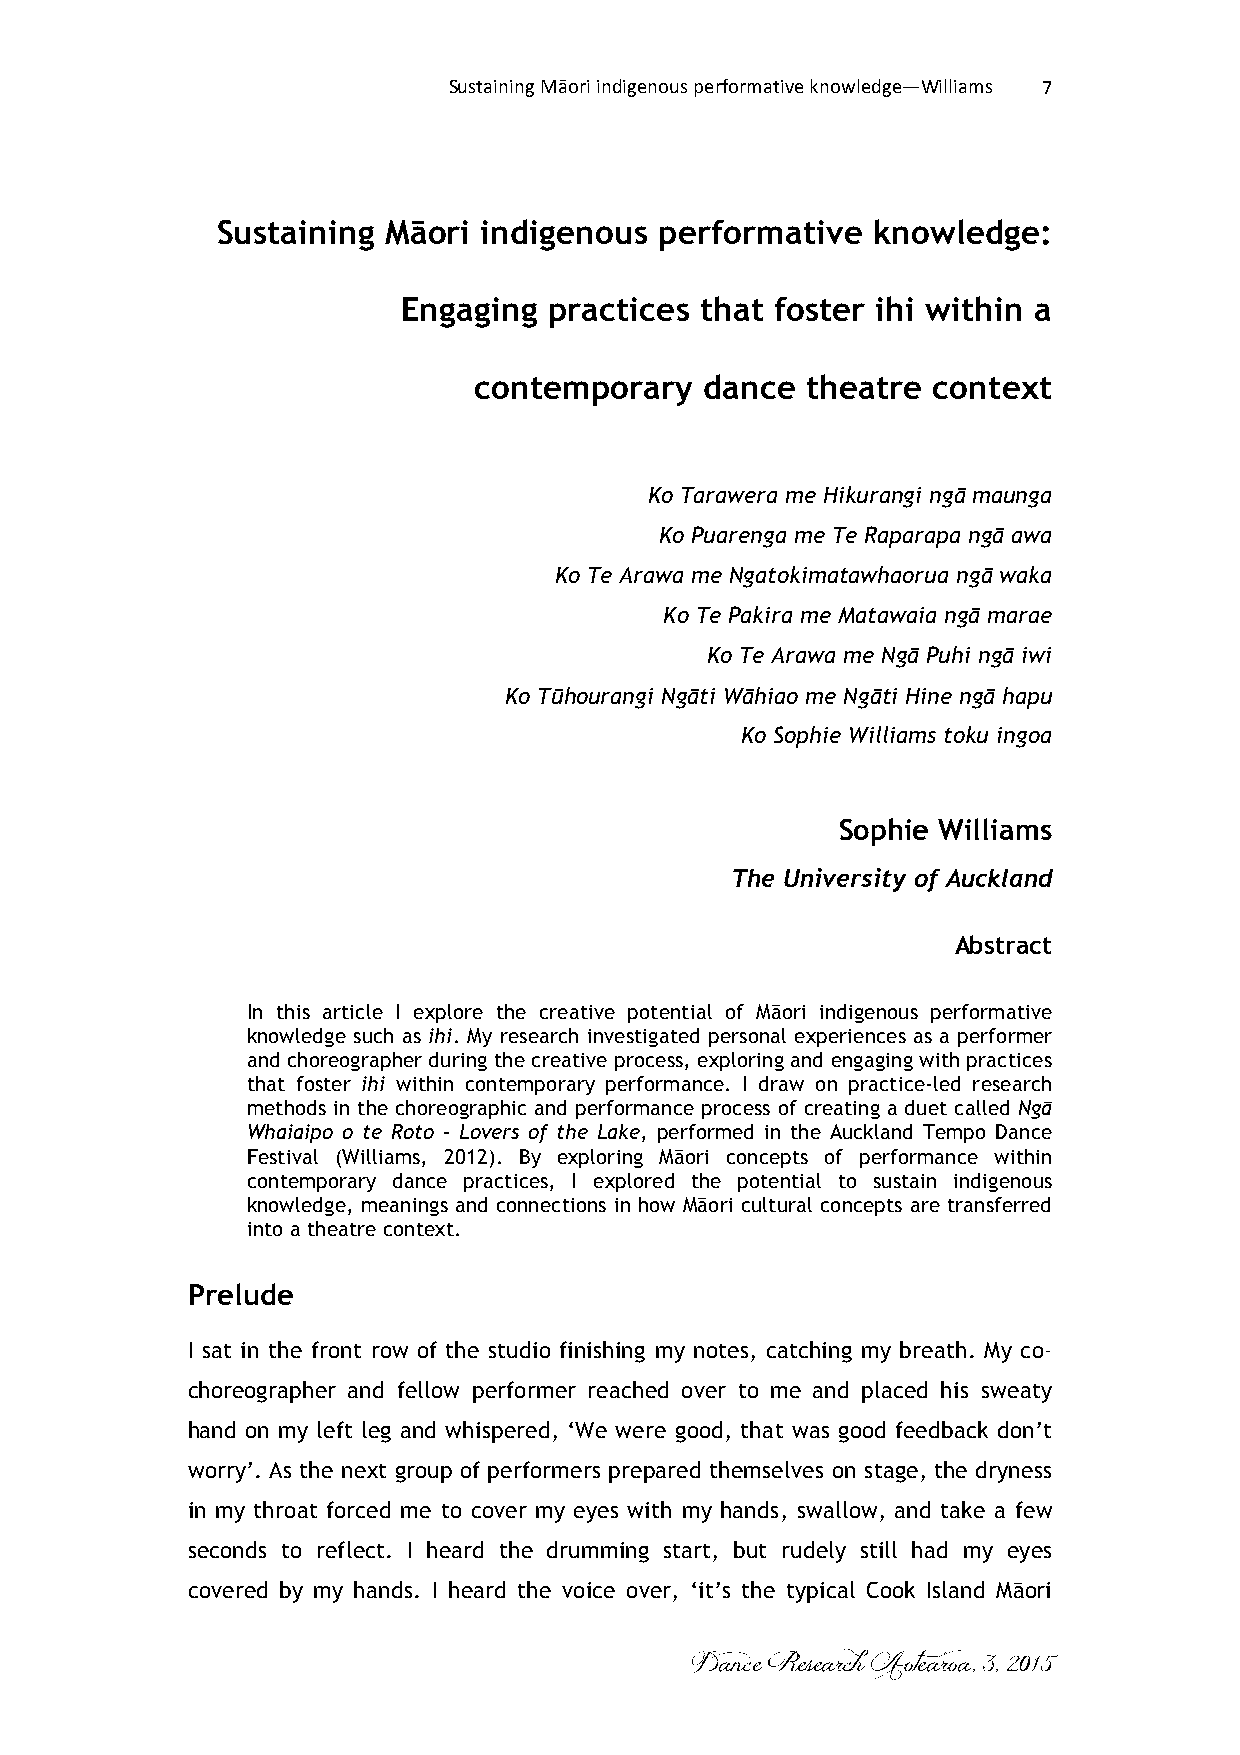
Sustaining Māori indigenous performative knowledge—Williams 7
 Sustaining Māori  indigenous  performative  knowledge:
 Engaging practices that foster ihi within a
 contemporary    dance theatre  context
 Ko Tarawera me Hikurangi ngā maunga
 Ko Puarenga me Te Raparapa ngā awa
 Ko Te Arawa me Ngatokimatawhaorua ngā waka
 Ko Te Pakira me Matawaia ngā marae
 Ko Te Arawa me Ngā Puhi ngā iwi
 Ko Tūhourangi Ngāti Wāhiao me Ngāti Hine ngā hapu
 Ko Sophie Williams toku ingoa
 Sophie Williams
 The University of Auckland
 Abstract
 In this article I explore the creative potential of Māori indigenous performative
 knowledge such as ihi. My research investigated personal experiences as a performer
 and choreographer during the creative process, exploring and engaging with practices
 that foster ihi within contemporary performance. I draw on practice-led research
 methods in the choreographic and performance process of creating a duet called Ngā
 Whaiaipo o te Roto – Lovers of the Lake, performed in the Auckland Tempo Dance
 Festival (Williams, 2012). By exploring Māori concepts of performance within
 contemporary dance practices, I explored the potential to sustain indigenous
 knowledge, meanings and connections in how Māori cultural concepts are transferred
 into a theatre context.
 Prelude
 I sat in the front row of the studio finishing my notes, catching my breath. My co-
 choreographer and fellow performer reached over to me and placed his sweaty
 hand on my left leg and whispered, ‘We were good, that was good feedback don’t
 worry’. As the next group of performers prepared themselves on stage, the dryness
 in my throat forced me to cover my eyes with my hands, swallow, and take a few
 seconds to reflect. I heard the drumming start, but rudely still had my eyes
 covered by my hands. I heard the voice over, ‘it’s the typical Cook Island Māori
 Dance Research Aotearoa, 3, 2015